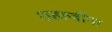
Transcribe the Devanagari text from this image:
शहाजींना